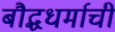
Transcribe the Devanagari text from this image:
बौद्धधर्माची